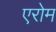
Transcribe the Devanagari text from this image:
एरोम